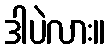
ဒါပဲလား။